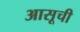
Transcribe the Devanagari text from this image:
आसूची